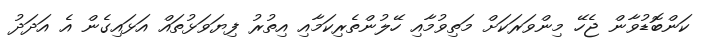
ކަންބޮޑުވާން ޖެހޭ މިންވަރަކަށް މަތިވުމާއި ހޭލުންތެރިކަމާއި އިތުރު ފިޔަވަޅުތައް އަޅައިގެން އެ އަދަދު